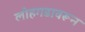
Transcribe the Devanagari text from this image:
लोहगडावरून